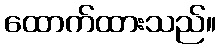
ထောက်ထားသည်။